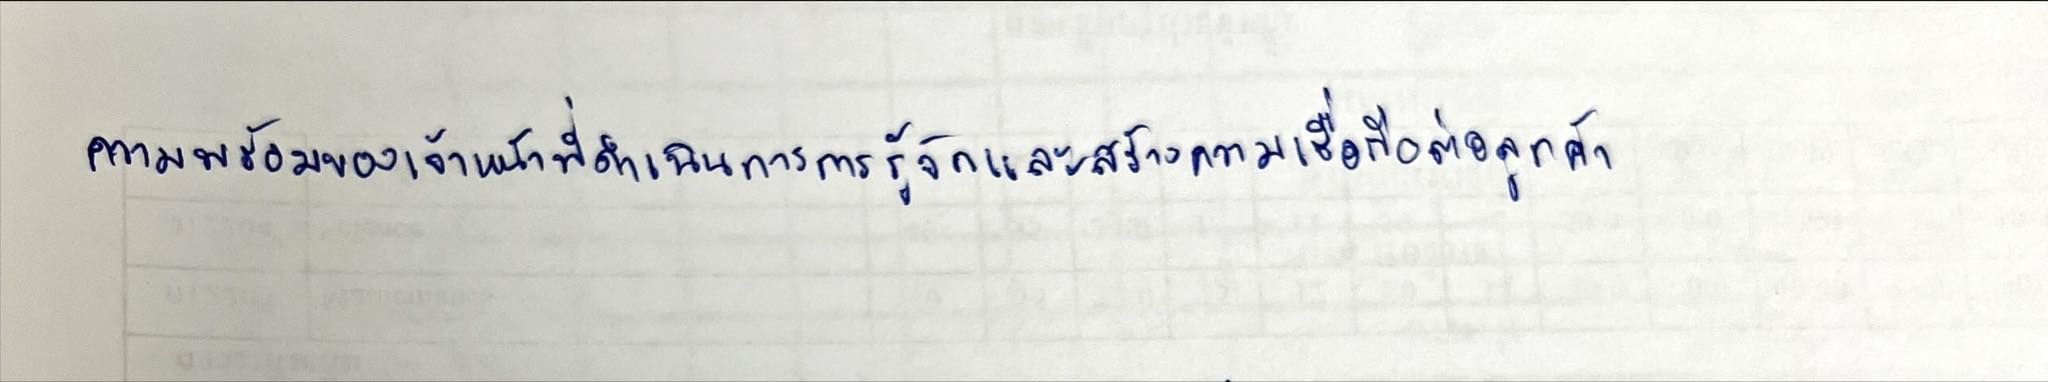
ความพร้อมของเจ้าหน้าที่ดำเนินการการรู้จักและการสร้างความเชื่อถือต่อลูกค้า